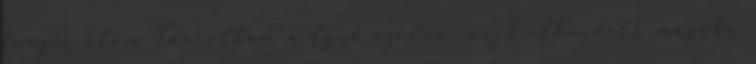
fényes álom Táncoltam a lyuk szélén, majd elkezdett magába